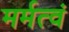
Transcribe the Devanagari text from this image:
मर्मत्वं